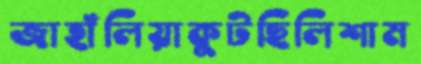
জাহাঁলিয়াকুটছিলিশাম